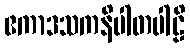
ဧကာဒသကနိပါတပါဠိ